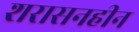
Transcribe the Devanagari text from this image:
शरासनहीन